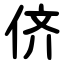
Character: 侪